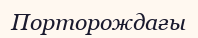
Порторождағы